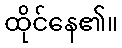
ထိုင်နေ၏။